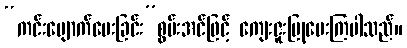
“ကင်းပျောက်ပေးခြင်း”စွမ်းအင်ဖြင့် ကျေးဇူးပြုပေးကြပါသည်။